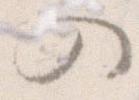
の